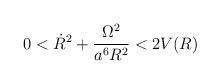
LaTeX: \begin{align*}0<\dot{R}^{2}+\frac{\Omega^{2}}{a^{6}R^{2}}<2V(R)\end{align*}